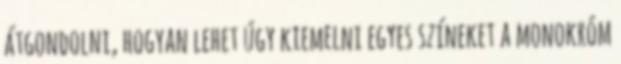
átgondolni, hogyan lehet úgy kiemelni egyes színeket a monokróm